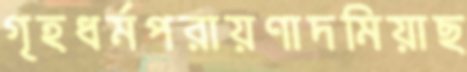
গৃহধর্মপরায়ণাদমিয়াছ